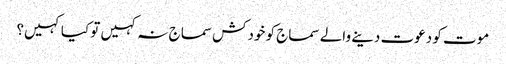
موت کو دعوت دینے والے سماج کو خودکش سماج نہ کہیں تو کیا کہیں؟